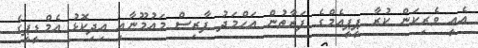
އެއީ ވެރިކަން ކުރާ ޕީޕީއެމްގެ ފަރާތުން އަހްމަދު ފާރިިސް މައުމޫނާއި އިދިކޮޅު އެމްޑީޕީގެ